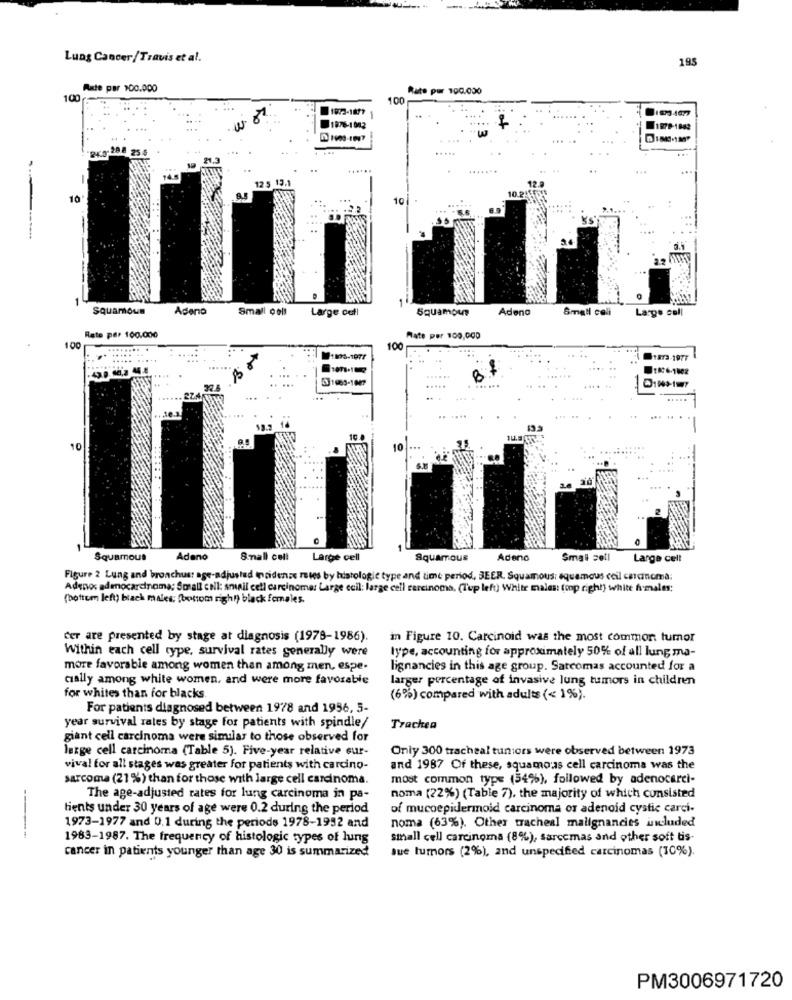
Lung Cancer/Travis et al.
195
Rute par 100.000
Rate per 100.000
100
100
1013-1877
1876-1043
1879-1882
0 110-187
uco- 28 8 25
.....
12 5 13.1
12.9
10.2
10
Squamous
Adeno
Small coll
Large cofi
Squamous
Adeno
Small coli
Large coll
Rate per 100.000
Hate per 100.000
100
.. .......
........
100
....
..... ....
1873-1977
....
1826-1002
531983-1047
10*197
.....
.....
10
Squamous
Adeno
Small cell
Large cell
Squamous
Adeno
Small cell Large cell
Figure 2 Lung and bronchus: age-adjusted incidense retes by histologic type and time period, BEER. Squamous: squamous ceil cadnoma:
Adenos adenocarcinoma; Small cell: small cell carcinoma: Large ccil: large cell carcinoma. (Tup left) White males: (oop right) white males:
(bottom left) black males; (bottom right) black females.
Cer are presented by stage at diagnosis (1978-1986).
in Figure 10. Carcinoid was the most common tumor
Within each cell type, survival rates generally were
lype, accounting for approximately 50% of all lung ma-
more favorable among women than among men, espe-
lignancies in this age group. Satcomas accounted for a
cially among white women, and were more favorable
larger percentage of invasive lung tumors in children
for whites than for blacks.
(6%) compared with adults (< 1%).
For patients diagnosed between 1978 and 1996, 5-
year survival rates by stage for patients with spindle/
Trachea
giant cell carcinoma were similar to those observed for
large cell carcinoma (Table 5). Five-year relative sur-
Only 300 tracheal tun:ors were observed between 1973
viva! for all stages was greater for patients with carcino-
and 1987 Of these, squamous cell carcinoma was the
sarcoma (21%) than for those with large cell carcinoma.
most common type (54%), followed by adenocarci-
The age-adjusted rates for lung carcinoma in pa-
noma [22%) (Table 7), the majority of which consisted
tients under 30 years of age were 0.2 during the period
of mucoepidermoid carcinoma or adenoid cystic carci-
1973-1977 and 0.1 during the periods 1978-1952 and
noma (63%). Other tracheal malignancies included
1983-1987. The frequency of histologic types of lung
small cell carcinoma (8%), sarcomas and other soft tis-
Jue tumors (2%), and unspecified carcinomas (10%).
cancer in patients younger than age 30 is summarized
PM3006971720